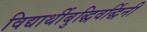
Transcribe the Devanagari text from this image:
विद्यार्थीबुद्धिवर्द्धिनी